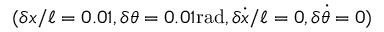
( \delta x / \ell = 0 . 0 1 , \delta \theta = 0 . 0 1 \mathrm { r a d } , \delta \Dot { x } / \ell = 0 , \delta \Dot { \theta } = 0 )